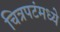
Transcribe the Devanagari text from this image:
चित्रपटंमध्ये